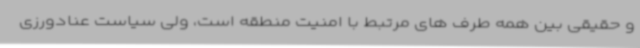
و حقیقی بین همه طرف های مرتبط با امنیت منطقه است، ولی سیاست عنادورزی